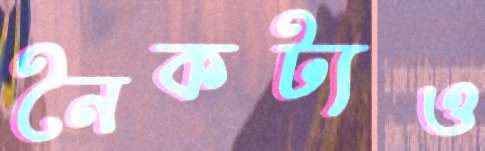
নৈকট্যও